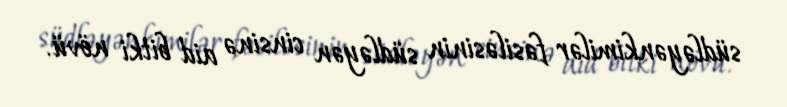
südləyənkimilər fəsiləsinin südləyən cinsinə aid bitki növü.